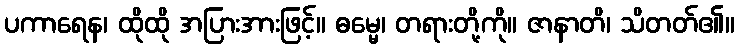
ပကာရေန၊ ထိုထို အပြားအားဖြင့်။ ဓမ္မေ၊ တရားတို့ကို။ ဇာနာတိ၊ သိတတ်၏။